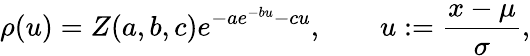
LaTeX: \rho(u)=Z(a,b,c)e^{-ae^{-bu}-cu},\qquad u:=\frac{x-\mu}{\sigma},